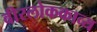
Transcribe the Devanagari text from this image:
वीरलोककाव्य